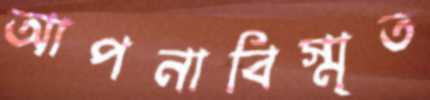
আপনাবিস্মৃত